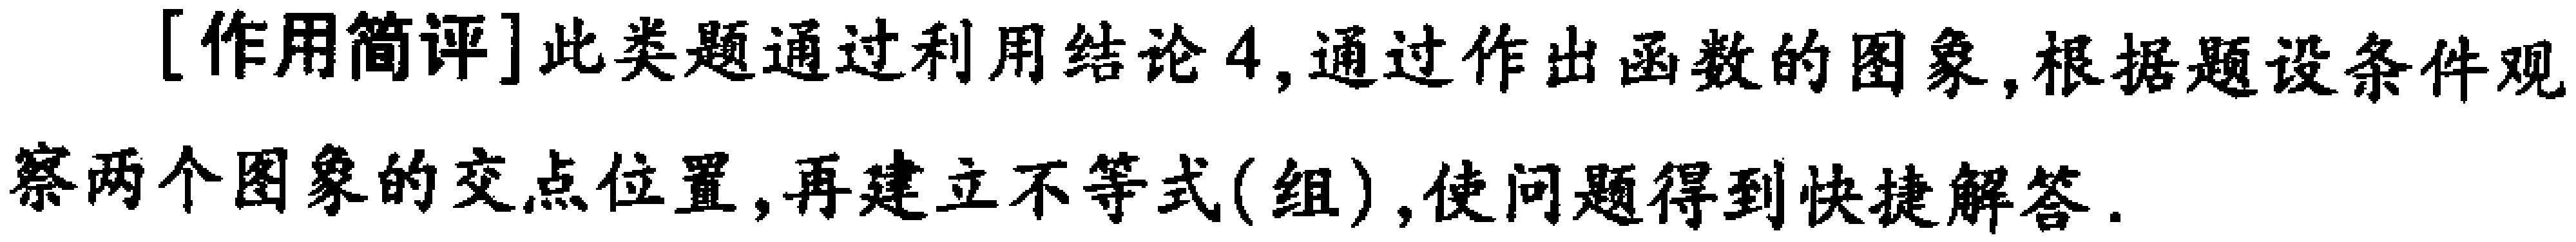
[作用简评]此类题通过利用结论4,通过作出函数的图象,根据题设条件观察两个图象的交点位置,再建立不等式(组),使问题得到快捷解答.